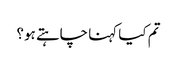
تم کیا کہنا چاہتے ہو؟